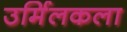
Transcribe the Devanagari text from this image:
उर्मिलकला